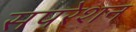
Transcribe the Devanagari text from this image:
सपरेशन